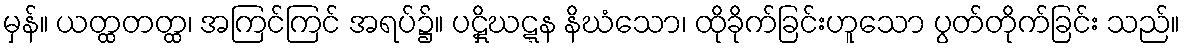
မှန်။ ယတ္ထတတ္ထ၊ အကြင်ကြင် အရပ်၌။ ပဋှိဃဋ္ဋန နိဃံသော၊ ထိုခိုက်ခြင်းဟူသော ပွတ်တိုက်ခြင်း သည်။